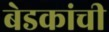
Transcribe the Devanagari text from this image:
बेडकांची